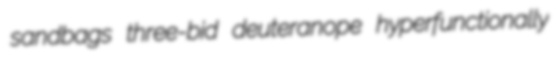
sandbags three-bid deuteranope hyperfunctionally